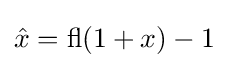
{\hat {x}}=\operatorname {fl} (1+x)-1